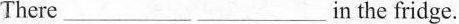
There ___ ___ in the fridge.